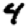
Digit: 4